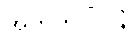
အကတပါပါနံ